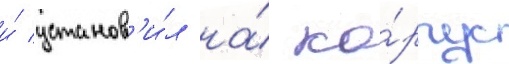
и́ установ'и́л на́ ко́рпус